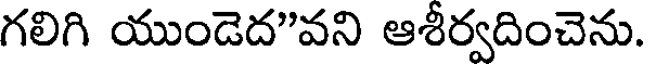
గలిగి యుండెద"వని ఆశీర్వదించెను.